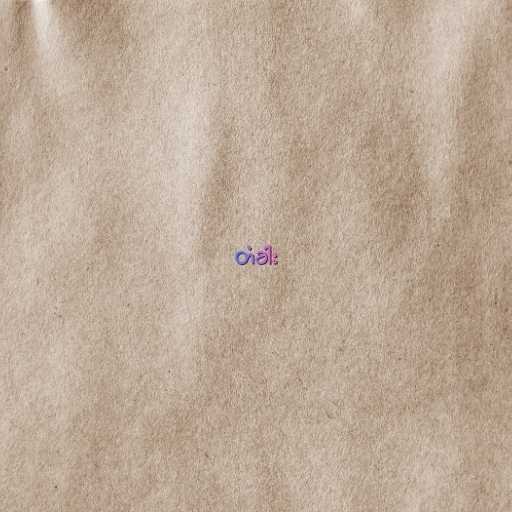
တံခါး